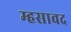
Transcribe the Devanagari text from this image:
म्हसावद